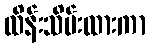
ထိန်းသိမ်းထားကာ